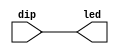
`timescale 1ns / 1ps
//////////////////////////////////////////////////////////////////////////////////
// Company: 
// Engineer: 
// 
// Design Name: 
// Module Name:    led2 
// Project Name: 
// Target Devices: 
// Tool versions: 
// Description: 
//
// Dependencies: 
//
// Revision: 
// Revision 0.01 - File Created
// Additional Comments: 
//
//////////////////////////////////////////////////////////////////////////////////
module led2(dip,led
    );
	 input [7:0] dip;
	 output [7:0] led;
	 
	 assign led = dip;

endmodule